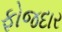
ફોજદાર